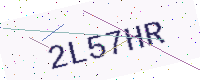
Text: 2L57HR